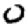
Digit: 0